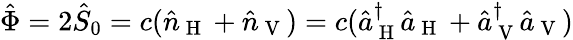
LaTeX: \hat{\Phi}=2\hat{S}_{0}=c(\hat{n}_{\mathrm{~H~}}+\hat{n}_{\mathrm{~V~}})=c(\hat{a}_{\mathrm{~H~}}^{\dagger}\hat{a}_{\mathrm{~H~}}+\hat{a}_{\mathrm{~V~}}^{\dagger}\hat{a}_{\mathrm{~V~}})